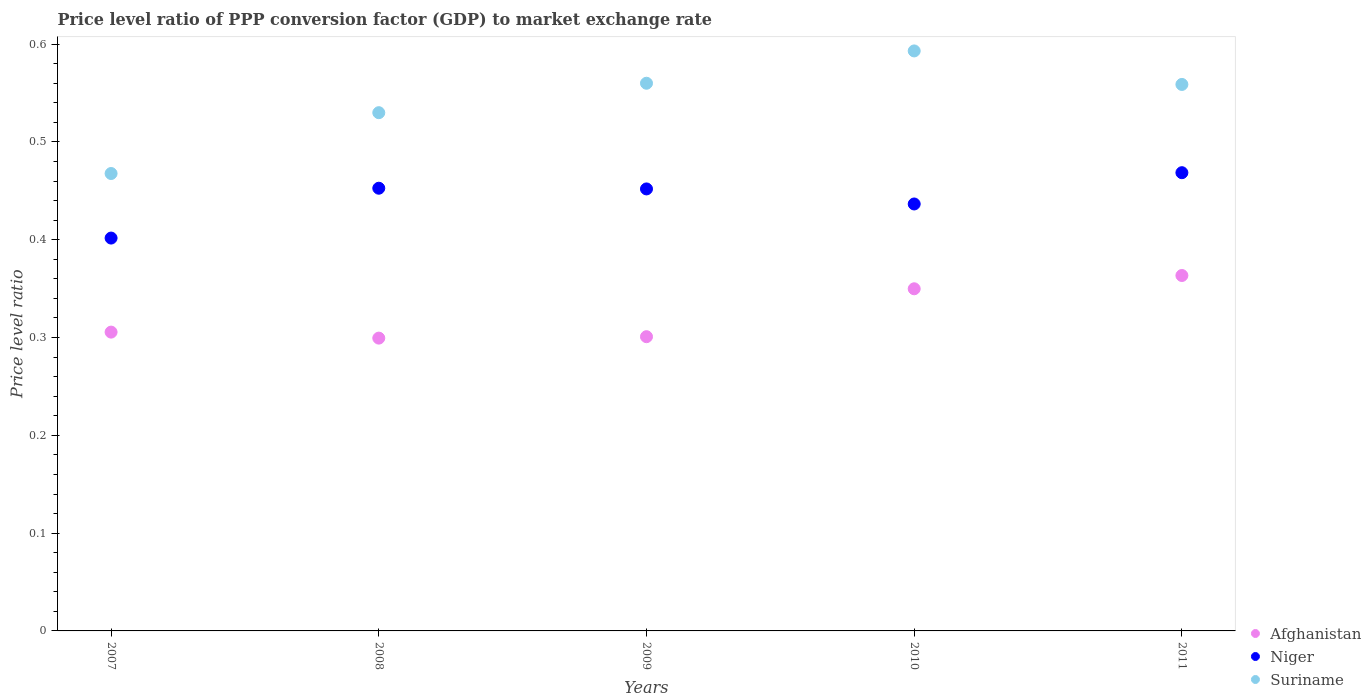
| Years | Afghanistan | Niger | Suriname |
 | --- | --- | --- | --- |
 | 2007 | 0.306 | 0.402 | 0.468 |
 | 2008 | 0.299 | 0.453 | 0.53 |
 | 2009 | 0.301 | 0.452 | 0.56 |
 | 2010 | 0.35 | 0.437 | 0.593 |
 | 2011 | 0.363 | 0.469 | 0.559 |